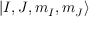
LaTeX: | I , J , m _ { I } , m _ { J } \rangle